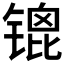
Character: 𫔇